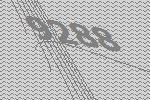
9288